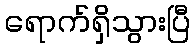
ရောက်ရှိသွားပြီ